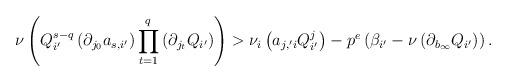
LaTeX: \begin{align*}\nu\left(Q_{i'}^{s-q}\left(\partial_{j_0}a_{s,i'}\right)\prod\limits_{t=1}^q\left(\partial_{j_t}Q_{i'}\right)\right)>\nu_i\left(a_{j,'i}Q_{i'}^j\right)-p^e\left(\beta_{i'}-\nu\left(\partial_{b_\infty}Q_{i'}\right)\right).\end{align*}